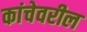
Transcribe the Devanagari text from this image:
कांचेवरील